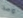
واضح